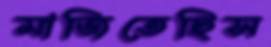
মাজিতেছিস